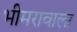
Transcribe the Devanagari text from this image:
भीमरावाला